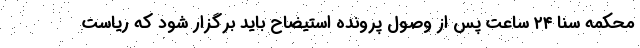
محکمه سنا ۲۴ ساعت پس از وصول پرونده استیضاح باید برگزار شود که ریاست